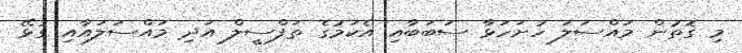
މި ގޮތުން މައްސަލަ ހުށަހަޅާ ސަބަބާއި އެކަމުގެ ތަފްސީލް އަދި މައްސަލައާއި ގުޅޭ